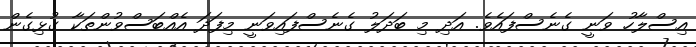
އިސްލާހު ވަނީ ގެނެސްފައެެވެ. އަދި މި ބަދަލު ގެނެސްފައިވަނީ މިފަދަ އެއްބަސްވުންތަކާ ގުޅިގެން